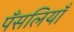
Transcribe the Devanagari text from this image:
पँसलियाँ